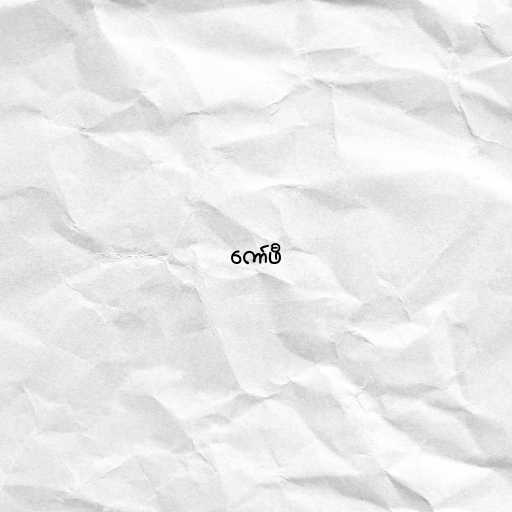
ကော်ဖီ